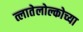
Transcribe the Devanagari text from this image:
त्लातेलोल्कोच्या